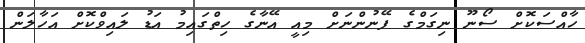
ހާއްސަކޮށް ސޯނޫ ނިގަމްގެ ފޭނުންނަށް މިއީ އޭނާގެ ހިތްގައިމު އަޑު ލައިވްކޮށް އަހާލަން